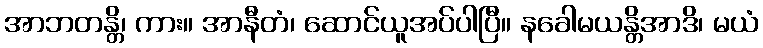
အာဘတန္တိ၊ ကား။ အာနီတံ၊ ဆောင်ယူအပ်ပါပြီ။ နခေါမယန္တိအာဒိ၊ မယံ